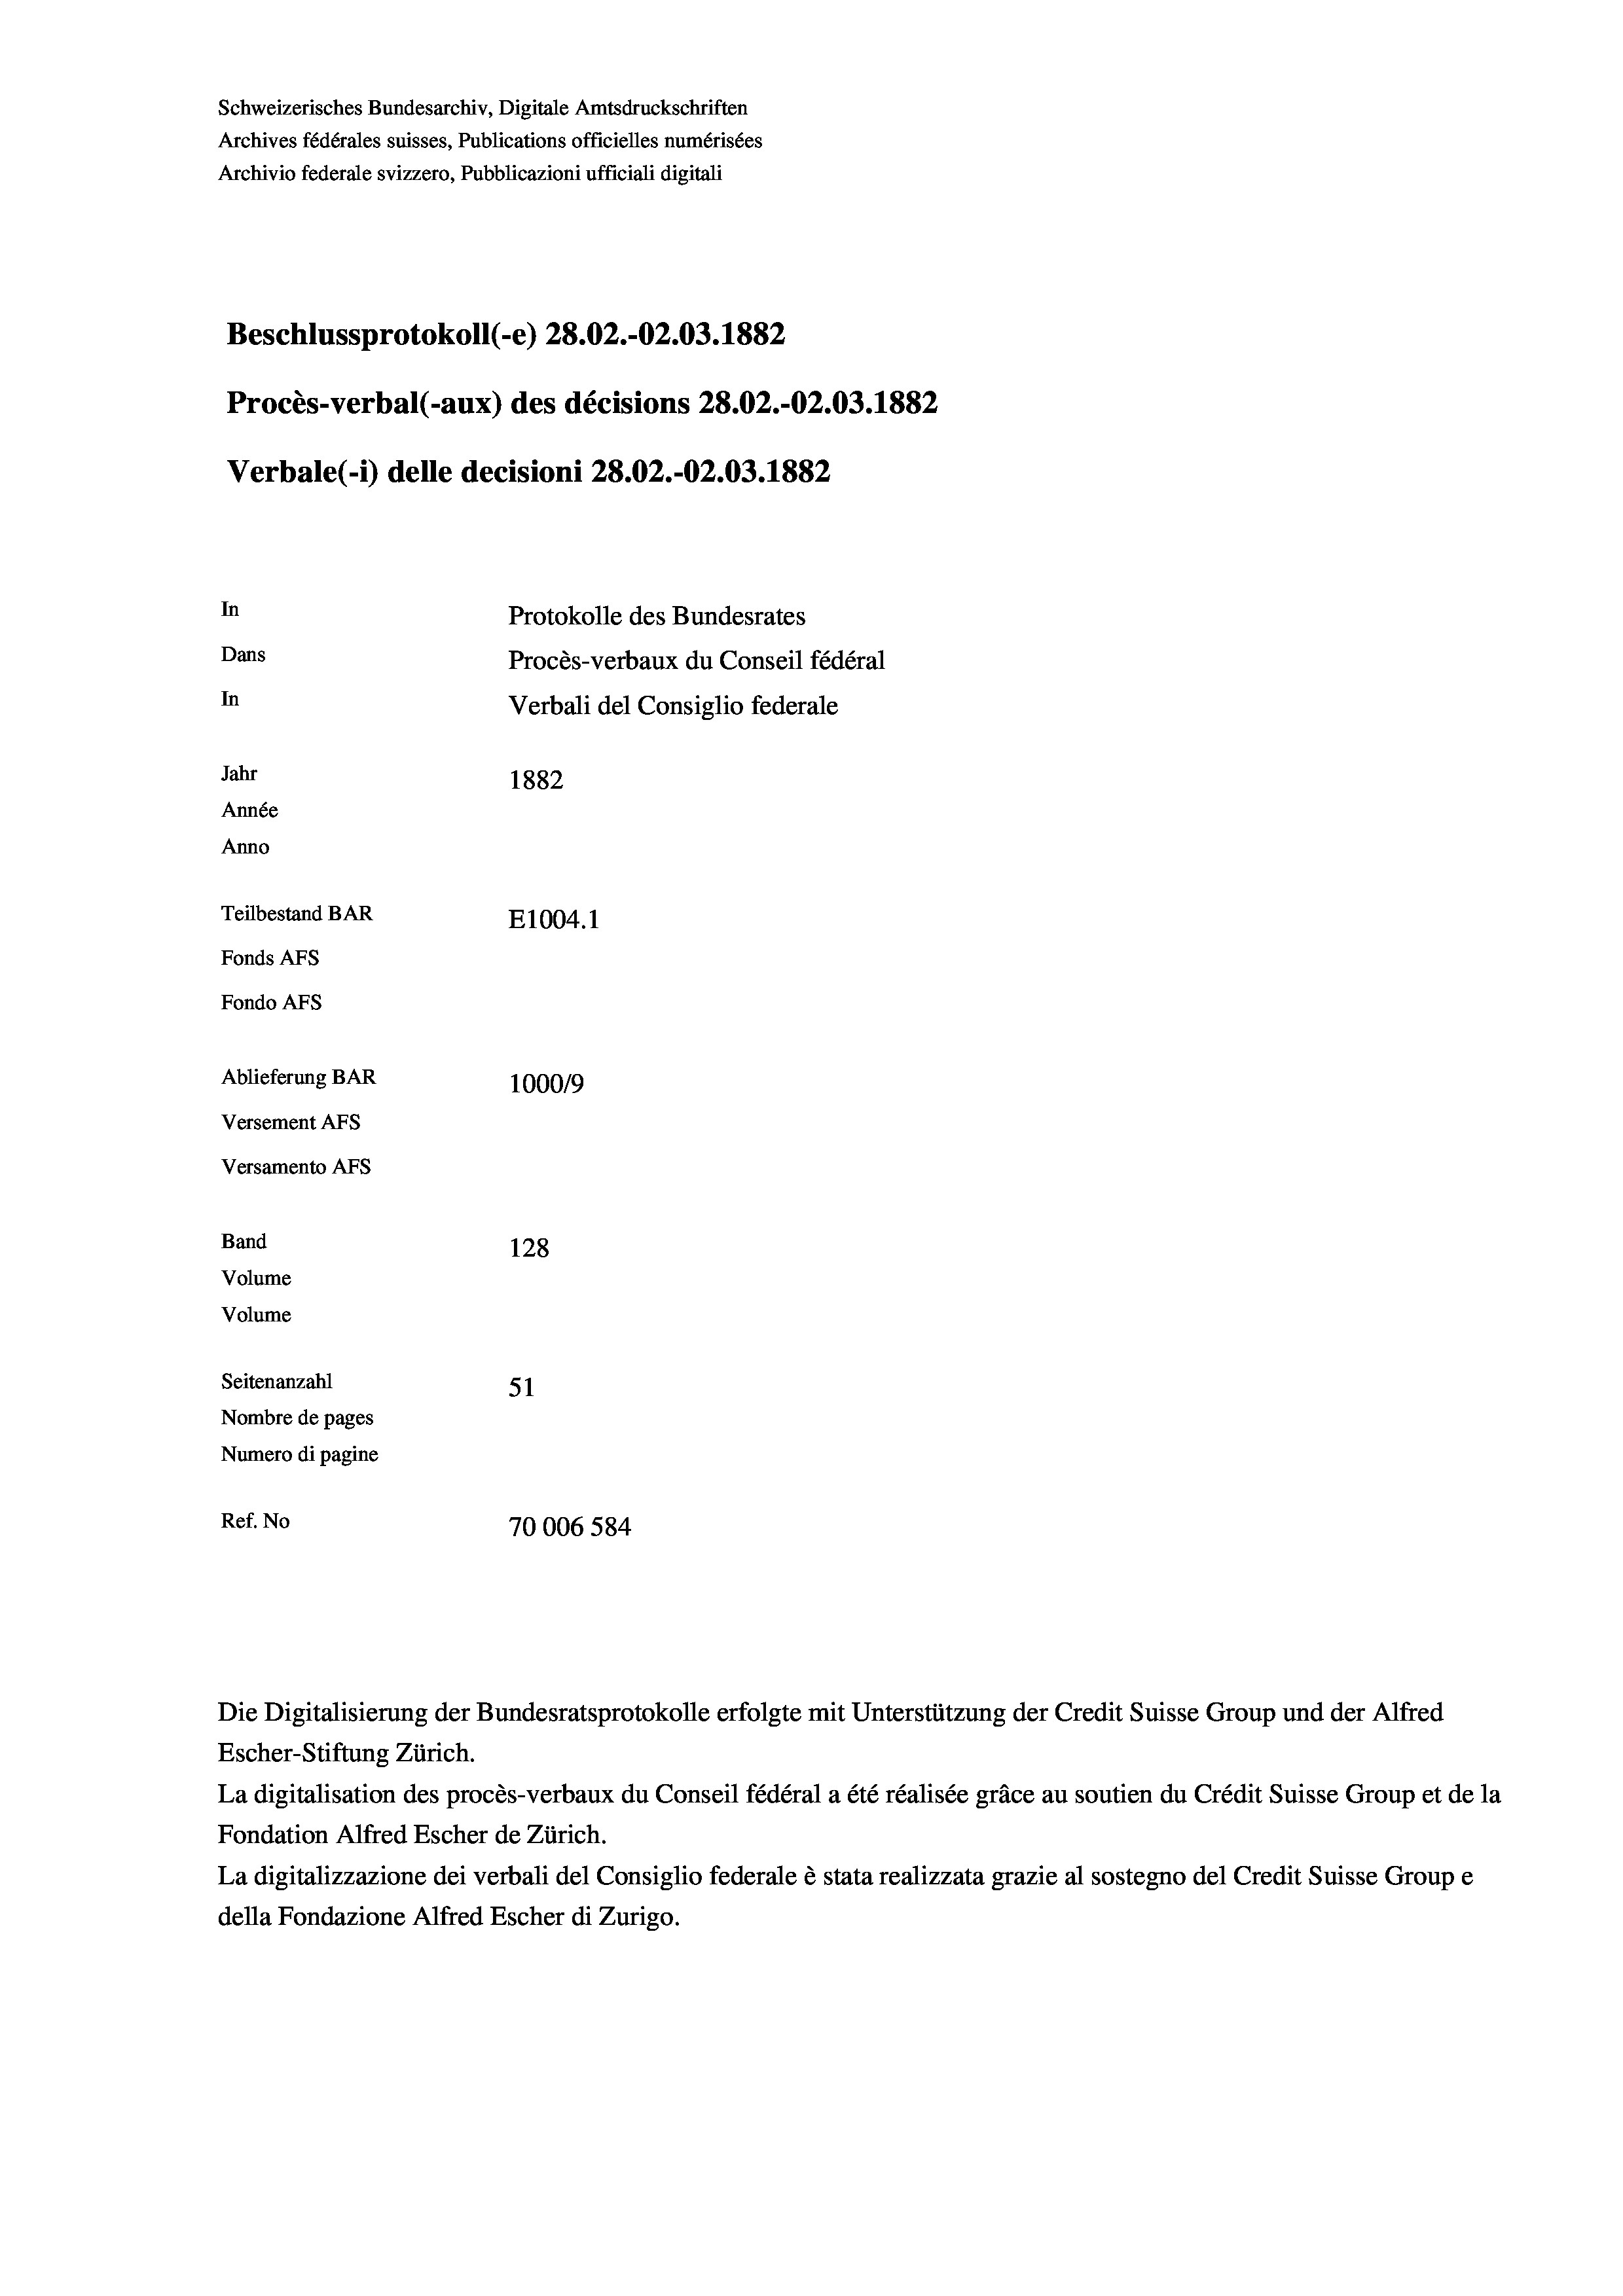
Schweizerisches Bundesarchiv, Digitale Amtsdruckschriften
Archives fédérales suisses, Publications officielles numérisées
Archivio federale svizzero, Pubblicazioni ufficiali digitali
Beschlussprotokoll (-e) 28.02.-OZ.03. 1882
Procès-verbal (-aux) des décisions 28.02.-O2.03. 1882
Verbale(-*) delle decisioni 28.02.-02.03. 1882
In
Protokolle des Bundesrates
Dans
Procès-verbaux du Conseil fédéral
In
Verbali del Consiglio federale
Jahr
1882
Année
Anno
Teilbestand BAR
E1004. 1
Fonds AFs
Fondo Afs
Ablieferung BAR
100019
Versement AFs
Versamento AFs
Band
128
Volume
Volume
Seitenanzahl
51
Nombre de pages
Numero di pagine
Ref. No
70006 584

Escher-Stiftung Zürich.
La digitalisation des procès-verbaux du Conseil fédéral a été réalisée gräce au soutien du Crédit Suisse Group et de la
Fondation Alfred Escher de Zürich.
La digitalizzazione dei verbali del Consiglio federale è stata realizzata grazie al sostegno del Credit Suisse Groupe
della Fondazione Alfred Escher di Zurigo.

Die Digitalisierung der Bundesratsprotokolle erfolgte mit Unterstützung der Credit Suisse Group und der Alfred